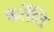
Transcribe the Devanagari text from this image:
कर्तेति